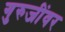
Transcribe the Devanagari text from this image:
गुरुजींवर